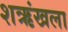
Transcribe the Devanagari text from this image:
शऋंखला